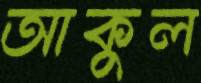
আকুল